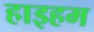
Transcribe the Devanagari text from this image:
हाइहम